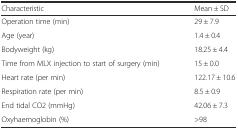
<table><thead><tr><td><b>Characteristic</b></td><td><b>Mean ± SD</b></td></tr></thead><tbody><tr><td>Operation time (min)</td><td>29 ± 7.9</td></tr><tr><td>Age (year)</td><td>1.4 ± 0.4</td></tr><tr><td>Bodyweight (kg)</td><td>18.25 ± 4.4</td></tr><tr><td>Time from MLX injection to start of surgery (min)</td><td>15 ± 0.0</td></tr><tr><td>Heart rate (per min)</td><td>122.17 ± 10.6</td></tr><tr><td>Respiration rate (per min)</td><td>8.5 ± 0.9</td></tr><tr><td>End tidal CO2 (mmHg)</td><td>42.06 ± 7.3</td></tr><tr><td>Oxyhaemoglobin (%)</td><td>&gt;98</td></tr></tbody></table>